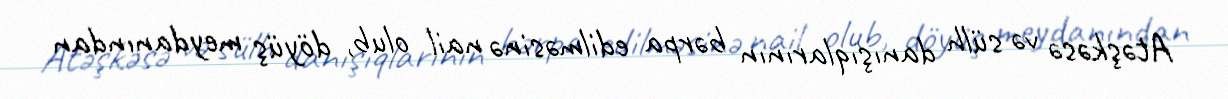
Atəşkəsə və sülh danışıqlarının bərpa edilməsinə nail olub, döyüş meydanından